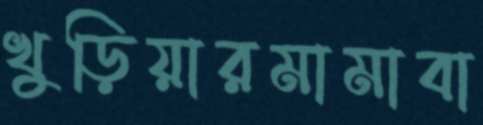
খুড়িয়ারমামাবা